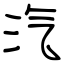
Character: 汽